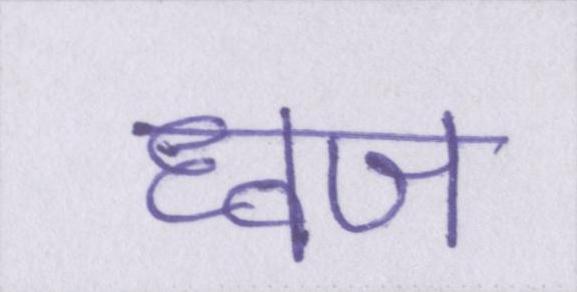
ध्वज